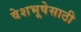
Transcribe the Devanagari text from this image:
वेशभूषेसाठी